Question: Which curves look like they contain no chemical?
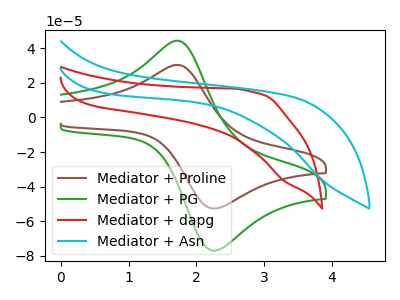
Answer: <think>The brown curve "Mediator + Proline" has an anodic peak at (1.75V, 30.30uA) and a cathodic peak at (2.20V, -52.40uA). The green curve "Mediator + PG" has an anodic peak at (1.75V, 44.30uA) and a cathodic peak at (2.20V, -76.60uA). The red curve "Mediator + dapg" has no peaks. The cyan curve "Mediator + Asn" has no peaks.</think>
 <answer>"Mediator + dapg" and "Mediator + Asn" are likely to be blanks.</answer>
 <eval>"Mediator + dapg", "Mediator + Asn"</eval>